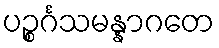
ပဉ္စင်္ဂသမန္နာဂတေ